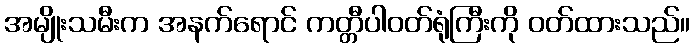
အမျိုးသမီးက အနက်ရောင် ကတ္တီပါဝတ်ရုံကြီးကို ဝတ်ထားသည်။